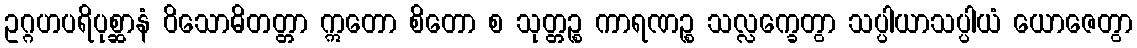
ဥဂ္ဂဟပရိပုစ္ဆာနံ ဝိသောဓိတတ္တာ ဣတော စိတော စ သုတ္တဉ္စ ကာရဏဉ္စ သလ္လက္ခေတွာ သပ္ပါယာသပ္ပါယံ ယောဇေတွာ